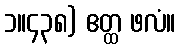
၁။၄၃၈) ဧတ္ထ ဖလံ။